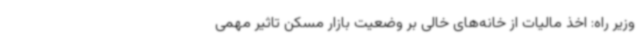
وزیر راه: اخذ مالیات از خانه‌های خالی بر وضعیت بازار مسکن تاثیر مهمی